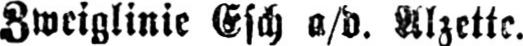
Zweiglinie Esch a/d. Alzette.